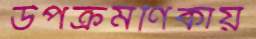
উপক্রমণিকায়